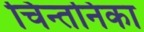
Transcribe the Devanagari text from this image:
चिन्तनिका